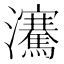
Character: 𪸋